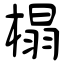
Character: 榻